Annual statistical returns and brief notes on vaccination in Bengal - 1887-1898
Year: 1887
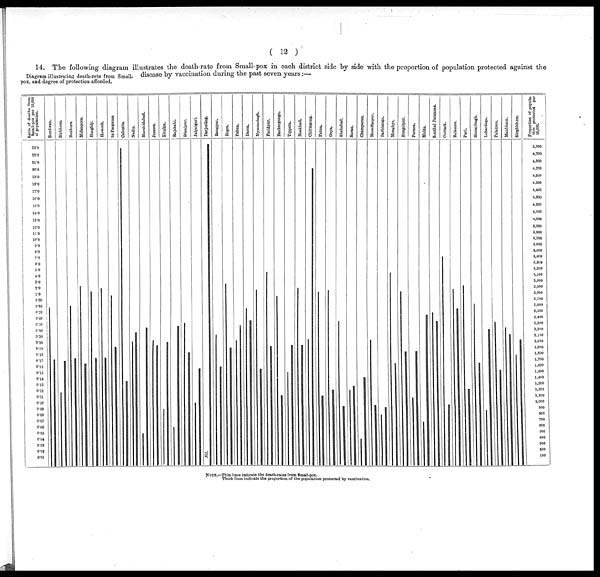
( 12 )
Diagram illustrating death-rate from Small¬
pox, and degree of protection afforded.
14. The following diagram illustrates the death-rate from Small-pox in each district side by side with the proportion of population protected against the
disease by vaccination during the past seven years:—
NOTE.—Thin lines indicate the death-rates from Small-pox.
Thick lines indicate the proportion of the population protected by vaccination.